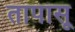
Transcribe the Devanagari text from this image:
तापासू